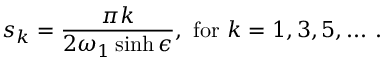
s _ { k } = \frac { \pi k } { 2 \omega _ { 1 } \sinh \epsilon } , ~ \mathrm { f o r } ~ k = 1 , 3 , 5 , . . . ~ .